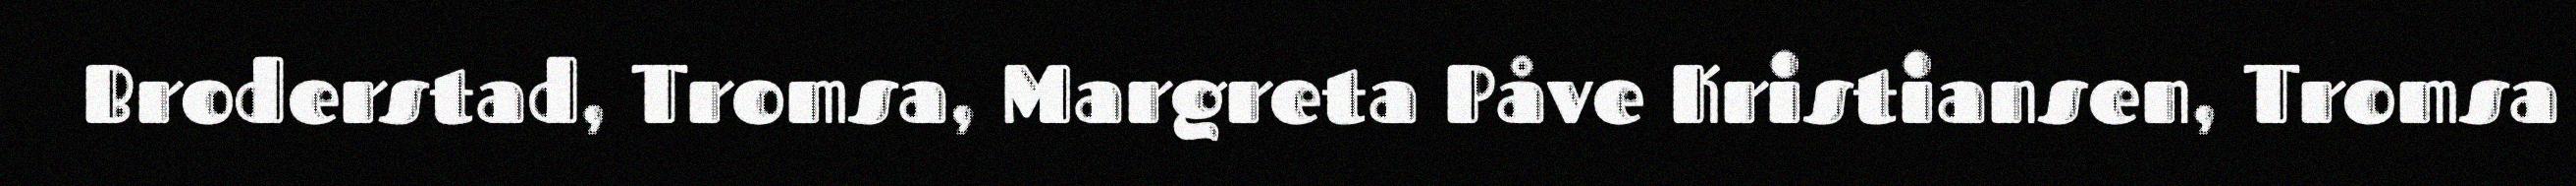
Broderstad, Tromsa, Margreta Påve Kristiansen, Tromsa